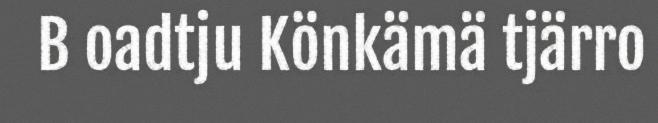
B oadtju Könkämä tjärro